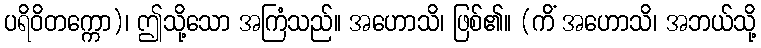
ပရိဝိတက္ကော)၊ ဤသို့သော အကြံသည်။ အဟောသိ၊ ဖြစ်၏။ (ကိံ အဟောသိ၊ အဘယ်သို့